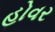
હોવર